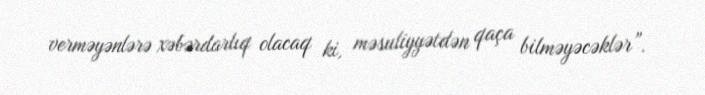
verməyənlərə xəbərdarlıq olacaq ki, məsuliyyətdən qaça bilməyəcəklər”.